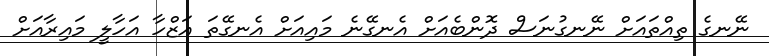
ނޭނގެ ތިއްތައަށް ނޭނގުނަސް ދޮންބެއަށް އެނގޭނެ މައިއަށް އެނގޭތަ އަޒްހާ އަހާލީ މައިރާއަށް